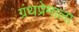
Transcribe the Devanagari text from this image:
ग्रंथप्रेमाला